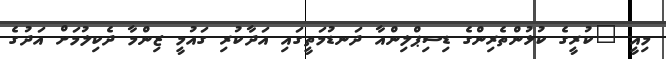
މިއީ "ކުރީގެ ކުޅުންތެރިންގެ ޑިސިޕްލިންއާ ދަނޑުމަތީގައި އަދާކުރި ގައުމީ ޒިންމާ ދެކިލުމަށް އަދުގެ